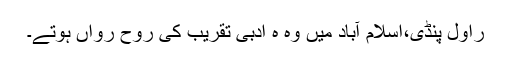
راول پنڈی،اسلام آباد میں وہ ہ ادبی تقریب کی روح رواں ہوتے۔